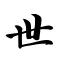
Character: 世